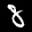
Label: 8